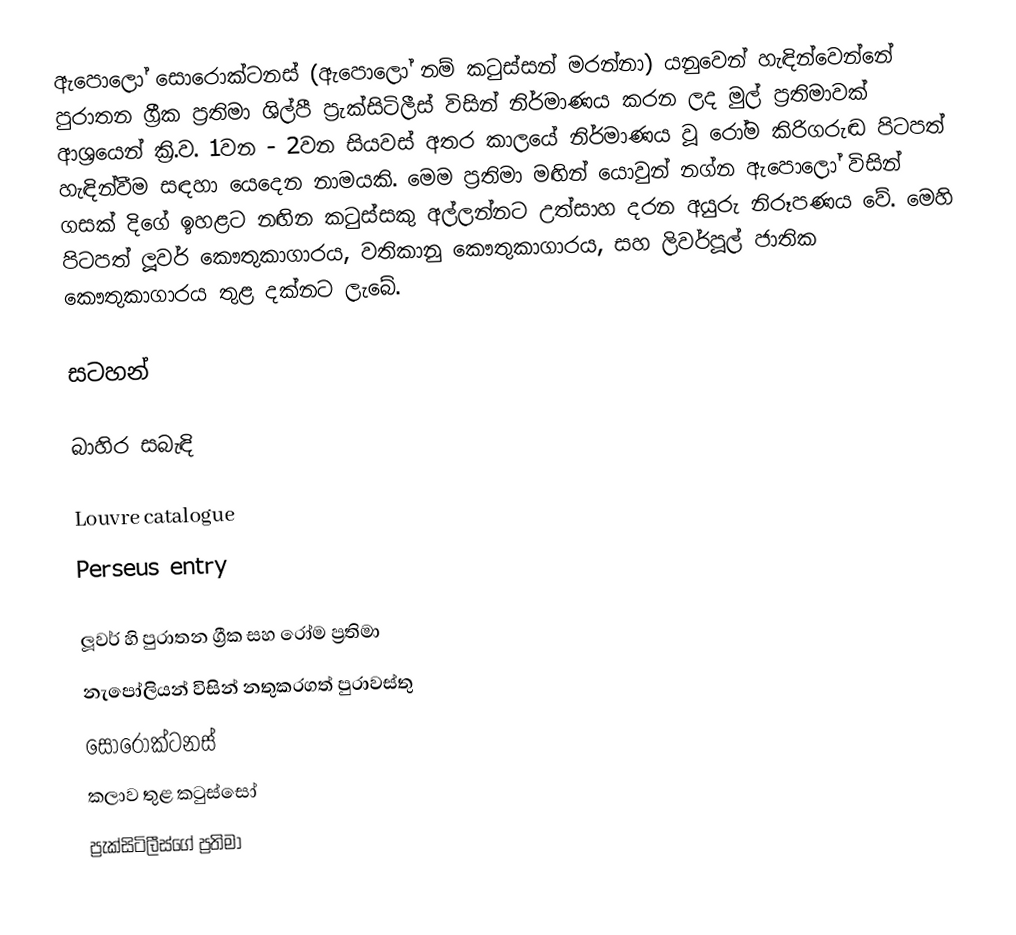
ඇපොලෝ සොරොක්ටනස් (ඇපොලෝ නම් කටුස්සන් මරන්නා) යනුවෙන් හැඳින්වෙන්නේ පුරාතන ග්‍රීක ප්‍රතිමා ශිල්පී ප්‍රැක්සිටිලීස් විසින් නිර්මාණය කරන ලද මුල් ප්‍රතිමාවක් ආශ්‍රයෙන් ක්‍රි.ව. 1වන - 2වන සියවස් අතර කාලයේ නිර්මාණය වූ රෝම කිරිගරුඬ පිටපත් හැඳින්වීම සඳහා යෙදෙන නාමයකි. මෙම ප්‍රතිමා මඟින් යොවුන් නග්න ඇපොලෝ විසින් ගසක් දිගේ ඉහළට නඟින කටුස්සකු අල්ලන්නට උත්සාහ දරන අයුරු නිරූපණය වේ. මෙහි පිටපත් ලූවර් කෞතුකාගාරය, වතිකානු කෞතුකාගාරය, සහ ලිවර්පූල් ජාතික කෞතුකාගාරය තුළ දක්නට ලැබේ.

සටහන්

බාහිර සබැඳි

Louvre catalogue
Perseus entry

ලූවර් හි පුරාතන ග්‍රීක සහ රෝම ප්‍රතිමා
නැපෝලියන් විසින් නතුකරගත් පුරාවස්තු
සොරොක්ටනස්
කලාව තුළ කටුස්සෝ
ප්‍රැක්සිටිලීස්ගේ ප්‍රතිමා